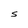
Character: S